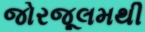
જોરજૂલમથી